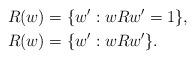
LaTeX: \begin{align*}R(w)&=\{w':wRw'=1\},\\R(w)&=\{w':wRw'\}.\end{align*}